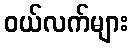
ဝယ်လက်များ